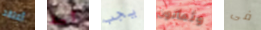
أعتقد آسف يجب وثمانون فى